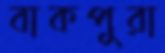
বাকপুরা